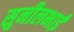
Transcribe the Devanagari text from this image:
सुनीलभाई